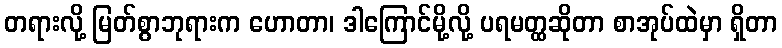
တရားလို့ မြတ်စွာဘုရားက ဟောတာ၊ ဒါကြောင်မို့လို့ ပရမတ္ထဆိုတာ စာအုပ်ထဲမှာ ရှိတာ